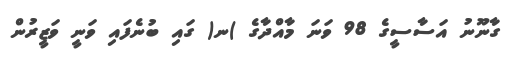
ގާނޫނު އަސާސީގެ 98 ވަނަ މާއްދާގެ )ނ( ގައި ބުނެފައި ވަނީ ވަޒީރުން